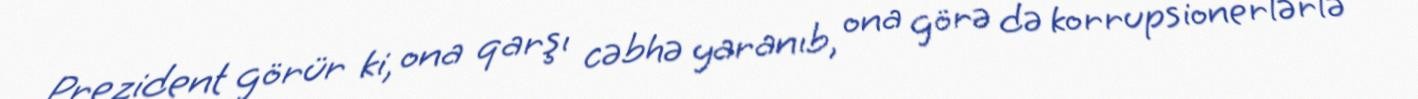
Prezident görür ki, ona qarşı cəbhə yaranıb, ona görə də korrupsionerlərlə